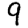
Digit: 9